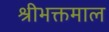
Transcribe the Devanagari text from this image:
श्रीभक्तमाल